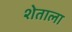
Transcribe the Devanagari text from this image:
शेताला